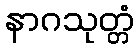
နာဂသုတ္တံ